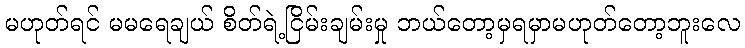
မဟုတ်ရင် မမရေချယ် စိတ်ရဲ့ငြိမ်းချမ်းမှု ဘယ်တော့မှရမှာမဟုတ်တော့ဘူးလေ